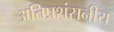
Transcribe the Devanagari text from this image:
अतिप्रशंसनीय